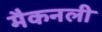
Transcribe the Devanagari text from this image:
मैकनली